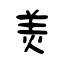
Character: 羙